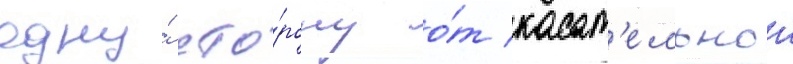
одну́ сто́рону о́т касат'ельнои